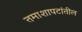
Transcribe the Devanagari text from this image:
तमाशापटांतील